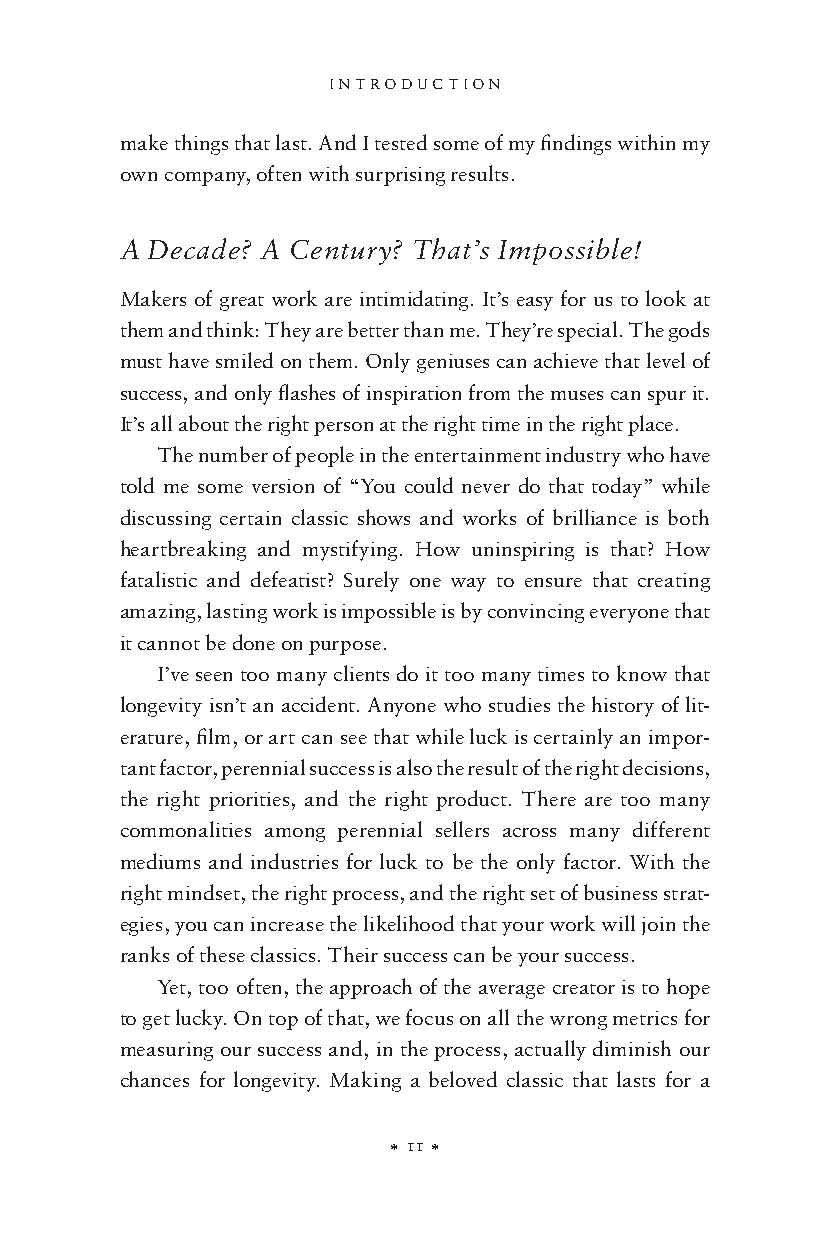
INTRODUCTION
 make things that last. And I tested some of my findings within my
 own company, often with surprising results.
 A Decade? A Century? That’s Impossible!
 Makers of great work are intimidating. It’s easy for us to look at
 them and think: They are better than me. They’re special. The gods
 must have smiled on them. Only geniuses can achieve that level of
 success, and only flashes of inspiration from the muses can spur it.
 It’s all about the right person at the right time in the right place.
 The number of people in the entertainment industry who have
 told me some version of “You could never do that today” while
 discussing certain classic shows and works of brilliance is both
 heartbreaking and mystifying. How uninspiring is that? How
 fatalistic and defeatist? Surely one way to ensure that creating
 amazing, lasting work is impossible is by convincing everyone that
 it cannot be done on purpose.
 I’ve seen too many clients do it too many times to know that
 longevity isn’t an accident. Anyone who studies the history of lit-
 erature, film, or art can see that while luck is certainly an impor-
 tant factor, perennial success is also the result of the right decisions,
 the right priorities, and the right product. There are too many
 commonalities among perennial sellers across many different
 mediums and industries for luck to be the only factor. With the
 right mindset, the right process, and the right set of business strat-
 egies, you can increase the likelihood that your work will join the
 ranks of these classics. Their success can be your success.
 Yet, too often, the approach of the average creator is to hope
 to get lucky. On top of that, we focus on all the wrong metrics for
 measuring our success and, in the process, actually diminish our
 chances for longevity. Making a beloved classic that lasts for a
 X 11 X
 24364 9780143109013_PerennialSel.indd 11 24364     5/30/17 1:01 PM